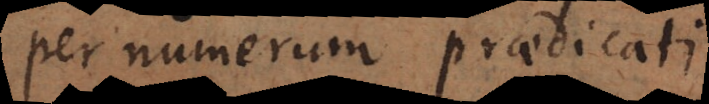
per numerum praedicati